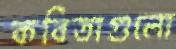
কবিতাগুলো